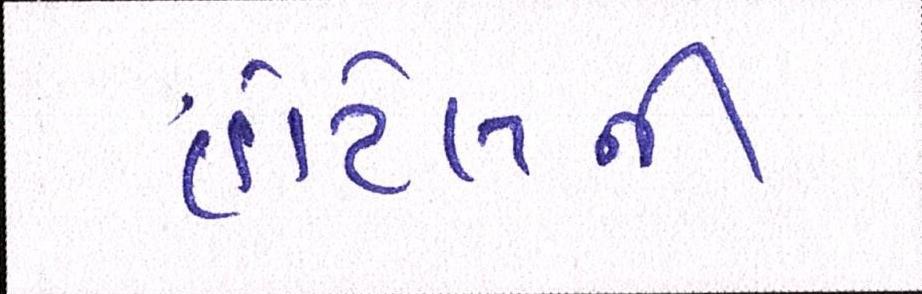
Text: હોટેલની